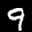
Label: 9